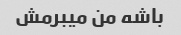
باشه من میبرمش